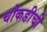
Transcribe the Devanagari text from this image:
चौकडीची